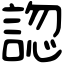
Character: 𧩓